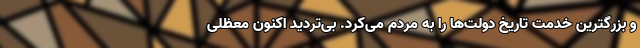
و بزرگترین خدمت تاریخ دولت‌ها را به مردم می‌کرد. بی‌تردید اکنون معظلی